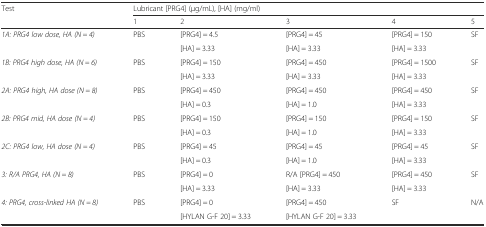
<table><thead><tr><td rowspan="2"><b>Test</b></td><td colspan="5"><b>Lubricant [PRG4] (μg/mL), [HA] (mg/ml)</b></td></tr><tr><td><b>1</b></td><td><b>2</b></td><td><b>3</b></td><td><b>4</b></td><td><b>5</b></td></tr></thead><tbody><tr><td rowspan="2"><i>1A: PRG4 low dose, HA (N = 4)</i></td><td rowspan="2">PBS</td><td>[PRG4] = 4.5</td><td>[PRG4] = 45</td><td>[PRG4] = 150</td><td rowspan="2">SF</td></tr><tr><td>[HA] = 3.33</td><td>[HA] = 3.33</td><td>[HA] = 3.33</td></tr><tr><td rowspan="2"><i>1B: PRG4 high dose, HA (N = 6)</i></td><td rowspan="2">PBS</td><td>[PRG4] = 150</td><td>[PRG4] = 450</td><td>[PRG4] = 1500</td><td rowspan="2">SF</td></tr><tr><td>[HA] = 3.33</td><td>[HA] = 3.33</td><td>[HA] = 3.33</td></tr><tr><td rowspan="2"><i>2A: PRG4 high, HA dose (N = 8)</i></td><td rowspan="2">PBS</td><td>[PRG4] = 450</td><td>[PRG4] = 450</td><td>[PRG4] = 450</td><td rowspan="2">SF</td></tr><tr><td>[HA] = 0.3</td><td>[HA] = 1.0</td><td>[HA] = 3.33</td></tr><tr><td rowspan="2"><i>2B: PRG4 mid, HA dose (N = 4)</i></td><td rowspan="2">PBS</td><td>[PRG4] = 150</td><td>[PRG4] = 150</td><td>[PRG4] = 150</td><td rowspan="2">SF</td></tr><tr><td>[HA] = 0.3</td><td>[HA] = 1.0</td><td>[HA] = 3.33</td></tr><tr><td rowspan="2"><i>2C: PRG4 low, HA dose (N = 4)</i></td><td rowspan="2">PBS</td><td>[PRG4] = 45</td><td>[PRG4] = 45</td><td>[PRG4] = 45</td><td rowspan="2">SF</td></tr><tr><td>[HA] = 0.3</td><td>[HA] = 1.0</td><td>[HA] = 3.33</td></tr><tr><td rowspan="2"><i>3: R/A PRG4, HA (N = 8)</i></td><td rowspan="2">PBS</td><td>[PRG4] = 0</td><td>R/A [PRG4] = 450</td><td>[PRG4] = 450</td><td rowspan="2">SF</td></tr><tr><td>[HA] = 3.33</td><td>[HA] = 3.33</td><td>[HA] = 3.33</td></tr><tr><td rowspan="2"><i>4: PRG4, cross-linked HA (N = 8)</i></td><td rowspan="2">PBS</td><td>[PRG4] = 0</td><td>[PRG4] = 450</td><td>SF</td><td rowspan="2">N/A</td></tr><tr><td>[HYLAN G-F 20] = 3.33</td><td>[HYLAN G-F 20] = 3.33</td><td></td></tr></tbody></table>